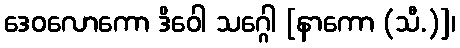
ဒေဝလောကော ဒိဝေါ သဂ္ဂေါ [နာကော (သီ.)]၊